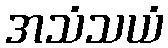
အသံသယံ